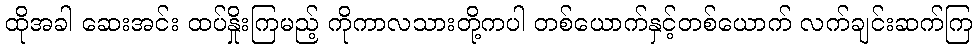
ထိုအခါ ဆေးအင်း ထပ်နှိုးကြမည့် ကိုကာလသားတို့ကပါ တစ်ယောက်နှင့်တစ်ယောက် လက်ချင်းဆက်ကြ